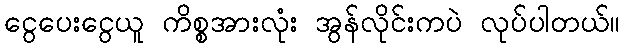
ငွေပေးငွေယူ ကိစ္စအားလုံး အွန်လိုင်းကပဲ လုပ်ပါတယ်။